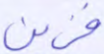
فزين